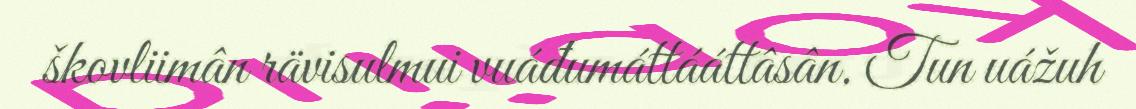
škovliimân rävisulmui vuáđumáttááttâsân. Tun uážuh